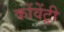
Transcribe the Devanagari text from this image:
कोंवेंट्री